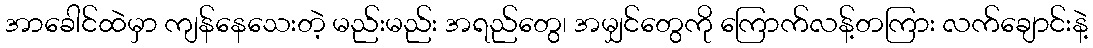
အာခေါင်ထဲမှာ ကျန်နေသေးတဲ့ မည်းမည်း အရည်တွေ၊ အမျှင်တွေကို ကြောက်လန့်တကြား လက်ချောင်းနဲ့